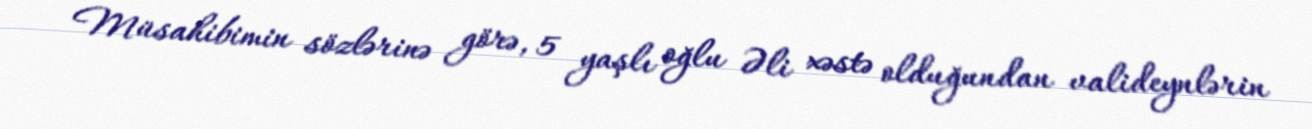
Müsahibimin sözlərinə görə, 5 yaşlı oğlu Əli xəstə olduğundan valideynlərin